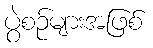
ပွဲစဉ်များအဖြစ်